Report on horse surra - Volume I
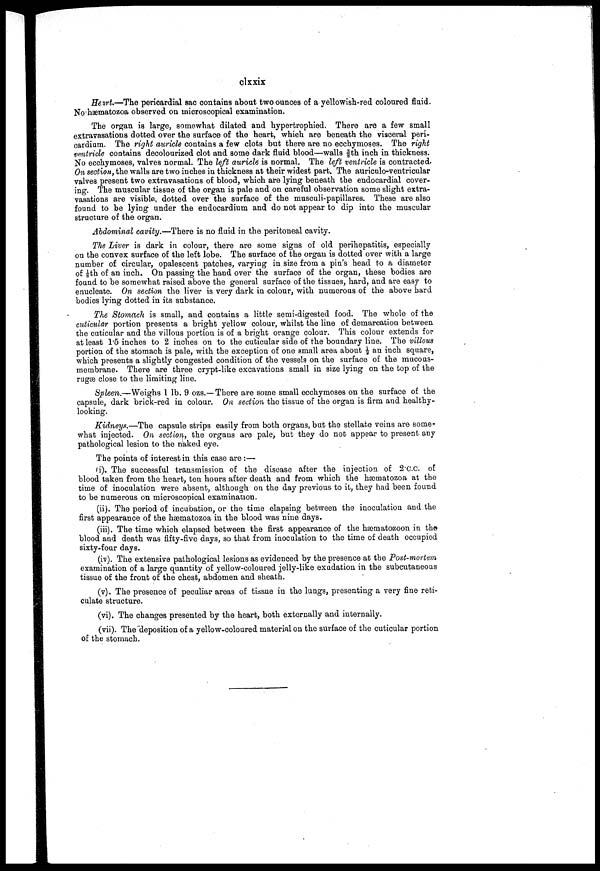
clxxix
Heart.—The pericardial sac contains about two ounces of a yellowish-red coloured fluid.
No hæmatozoa observed on microscopical examination.
The organ is large, somewhat dilated and hypertrophied. There are a few small
extravasations dotted over the surface of the heart, which are beneath the visceral peri
cardium. The right auricle contains a few clots but there are no ecchymoses. The right
ventricle contains decolourized clot and some dark fluid blood—walls ⅜th inch in thickness.
No ecchymoses, valves normal. The left auricle is normal. The left ventricle is contracted.
On section, the walls are two inches in thickness at their widest part. The auriculo-ventricular
valves present two extravasations of blood, which are lying beneath the endocardial cover
ing. The muscular tissue of the organ is pale and on careful observation some slight extra
vasations are visible, dotted over the surface of the musculi-papillares. These are also
found to be lying under the endocardium and do not appear to dip into the muscular
structure of the organ.
Abdominal cavity.—There is no fluid in the peritoneal cavity.
The Liver is dark in colour, there are some signs of old perihepatitis, especially
on the convex surface of the left lobe. The surface of the organ is dotted over with a large
number of circular, opalescent patches, varying in size from a pin's head to a diameter
of ⅛th of an inch. On passing the hand over the surface of the organ, these bodies are
found to be somewhat raised above the general surface of the tissues, hard, and are easy to
enucleate. On section the liver is very dark in colour, with numerous of the above hard
bodies lying dotted in its substance.
The Stomach is small, and contains a little semi-digested food. The whole of the
cuticular portion presents a bright yellow colour, whilst the line of demarcation between
the cuticular and the villous portion is of a bright orange colour. This colour extends for
at least 1.5 inches to 2 inches on to the cuticular side of the boundary line. The villous
portion of the stomach is pale, with the exception of one small area about ½ an inch square,
which presents a slightly congested condition of the vessels on the surface of the mucous-
membrane. There are three crypt-like excavations small in size lying on the top of the
rugæ close to the limiting line.
Spleen.—Weighs 1 lb. 9 ozs.—There are some small ecchymoses on the surface of the
capsule, dark brick-red in colour. On section the tissue of the organ is firm and healthy-
looking.
Kidneys.—The capsule strips easily from both organs, but the stellate veins are some
what injected. On section, the organs are pale, but they do not appear to present any
pathological lesion to the naked eye.
The points of interest in this case are :—
(i). The successful transmission of the disease after the injection of 2.C.C. of
blood taken from the heart, ten hours after death and from which the hæmatozoa at the
time of inoculation were absent, although on the day previous to it, they had been found
to be numerous on microscopical examination.
(ii). The period of incubation, or the time elapsing between the inoculation and the
first appearance of the hæmatozoa in the blood was nine days.
(iii). The time which elapsed between the first appearance of the hæmatozoon in the
blood and death was fifty-five days, so that from inoculation to the time of death occupied
sixty-four days.
(iv). The extensive pathological lesions as evidenced by the presence at the Post-mortem
examination of a large quantity of yellow-coloured jelly-like exudation in the subcutaneous
tissue of the front of the chest, abdomen and sheath.
(v). The presence of peculiar areas of tissue in the lungs, presenting a very fine reti
culate structure.
(vi). The changes presented by the heart, both externally and internally.
(vii). The deposition of a yellow-coloured material on the surface of the cuticular portion
of the stomach.